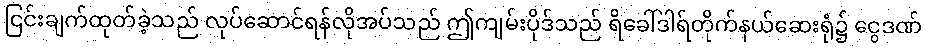
ငြင်းချက်ထုတ်ခဲ့သည် လုပ်ဆောင်ရန်လိုအပ်သည် ဤကျမ်းပိုဒ်သည် ရိခေါ်ဒါရ်တိုက်နယ်ဆေးရုံ၌ ငွေဒဏ်